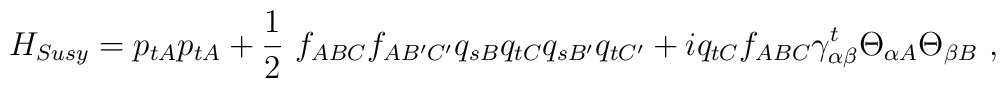
H_{Susy} = p_{tA} p_{tA} + \frac{1}{2}\ f_{ABC} f_{AB'C'} q_{sB} q_{tC} q_{sB'} q_{tC'} + iq_{tC} f_{ABC} \gamma_{\alpha\beta}^t \Theta_{\alpha A} \Theta_{\beta B}\ ,